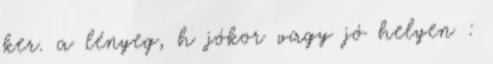
ker. a lényeg, h jókor vagy jó helyen :